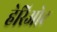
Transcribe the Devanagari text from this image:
हेरिओट